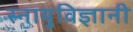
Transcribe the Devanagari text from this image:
स्नायुविज्ञानी